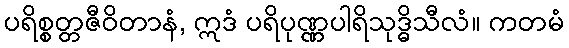
ပရိစ္စတ္တဇီဝိတာနံ, ဣဒံ ပရိပုဏ္ဏပါရိသုဒ္ဓိသီလံ။ ကတမံ